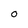
Character: O